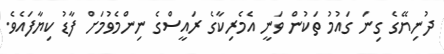
ދުނިޔޭގެ ގިނަ ގައުމު ތަކުން ވަނީ އެމެރިކާގެ ރައީސްގެ ނިންމެވުމަށް ފާޑު ކިޔާފައެވެ.